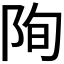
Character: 𮥄